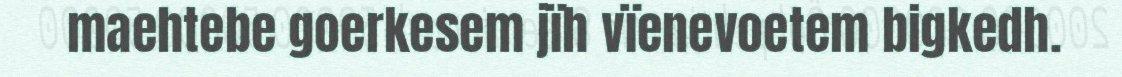
maehtebe goerkesem jïh vïenevoetem bigkedh.